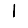
Digit: 1